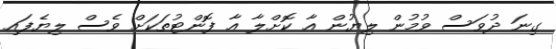
ގިނަ ދުވަސް ވުމުން ލިޔުން އާ ކޮށްލާ އާ ފޮންޓުތަކަށް ވެސް ލިޔެފައި